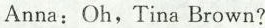
Anna: Oh, Tina Brown?